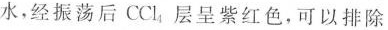
水，经振荡后CCl_{4}层呈紫红色，可以排除